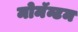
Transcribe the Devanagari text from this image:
मोमॅन्टम